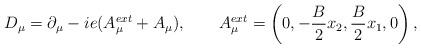
LaTeX: \begin{align*}D_\mu=\partial_\mu-ie(A^{ext}_\mu+A_\mu),\qquad A^{ext}_\mu =\left(0,-\frac{B}{2} x_2 ,\frac{B}{2} x_1,0\right),\end{align*}